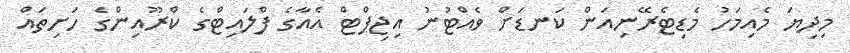
މިދިޔަ މެއިމަހު މެޑިޓެރޭނިއަން ކަނޑަށް ވެއްޓުނު އިޖިޕްޓް އެއާގެ ފްލައިޓްގެ ކްރޫއިންގެ ހަށިތައް